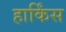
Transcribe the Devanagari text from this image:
हार्किंस